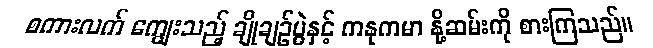
စကားလက် ကျွေးသည့် ချိုချဉ်ပွဲနှင့် ကနုကမာ နို့ဆမ်းကို စားကြသည်။